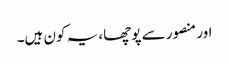
اور منصور سے پوچھا، یہ کون ہیں۔